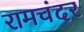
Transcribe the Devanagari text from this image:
रामचंदर